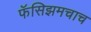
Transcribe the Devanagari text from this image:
फॅसिझमचाच